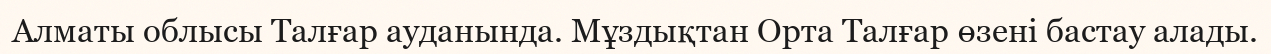
Алматы облысы Талғар ауданында. Мұздықтан Орта Талғар өзені бастау алады.